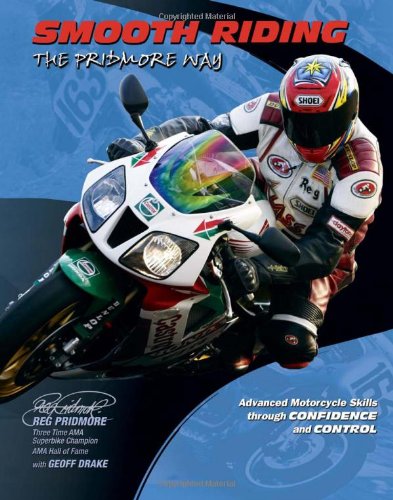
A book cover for Smooth Riding the Pridmore Way; Reg Pridmore; Sports & Outdoors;